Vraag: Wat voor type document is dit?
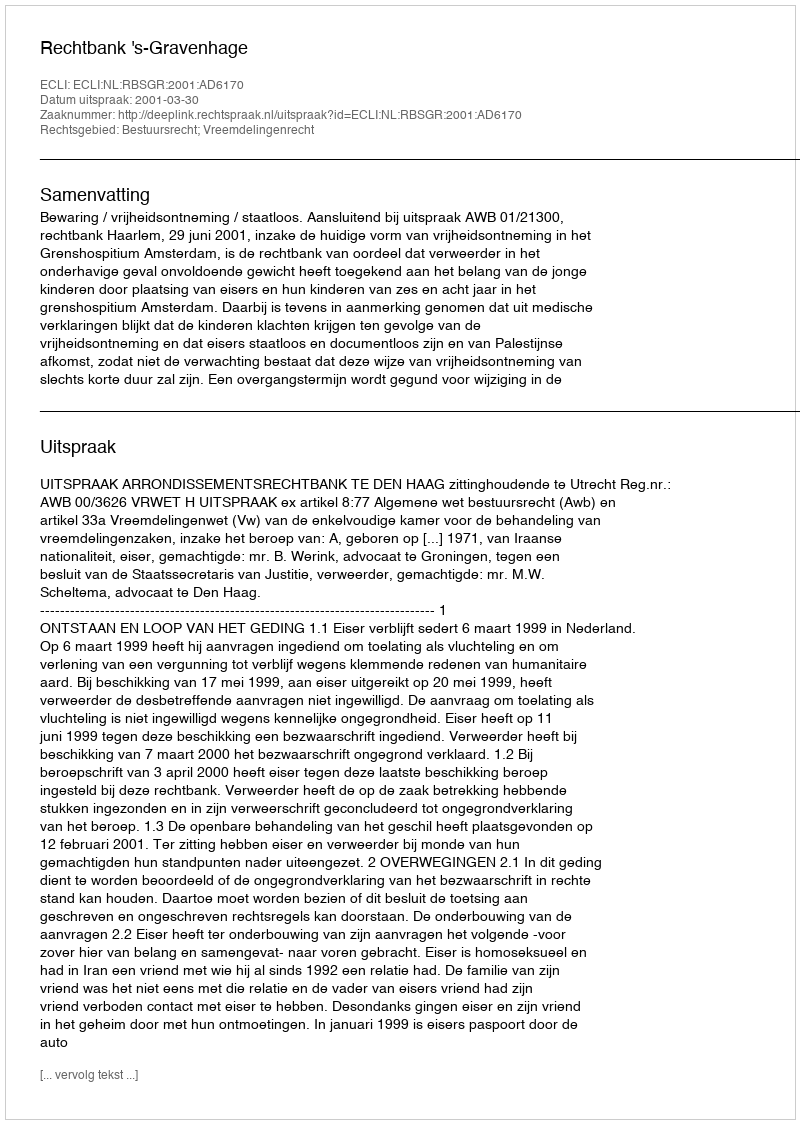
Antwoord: Uitspraak